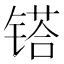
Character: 𨱏